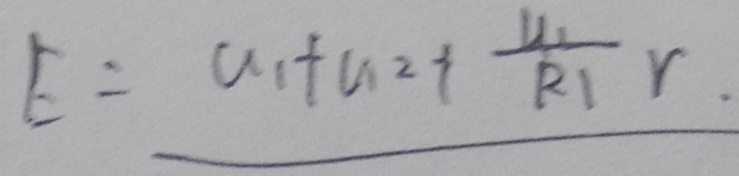
E = u _ { 1 } + u _ { 2 } + \frac { u _ { 1 } } { R 1 } r